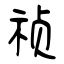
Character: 祯